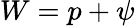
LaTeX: W=p+\psi